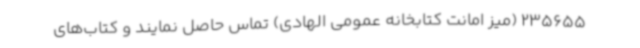
235655 (میز امانت کتابخانه عمومی الهادی) تماس حاصل نمایند و کتاب‌های